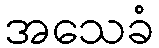
အသေခံ